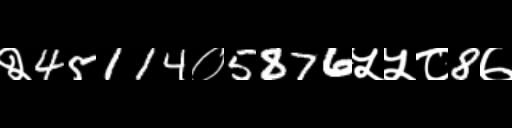
Text: २45114०5876५५८8७